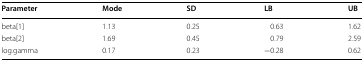
| Parameter | Mode | SD | LB | UB |
 | --- | --- | --- | --- | --- |
 | beta[1] | 1.13 | 0.25 | 0.63 | 1.62 |
 | beta[2] | 1.69 | 0.45 | 0.79 | 2.59 |
 | log.gamma | 0.17 | 0.23 | −0.28 | 0.62 |